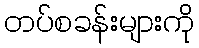
တပ်စခန်းများကို